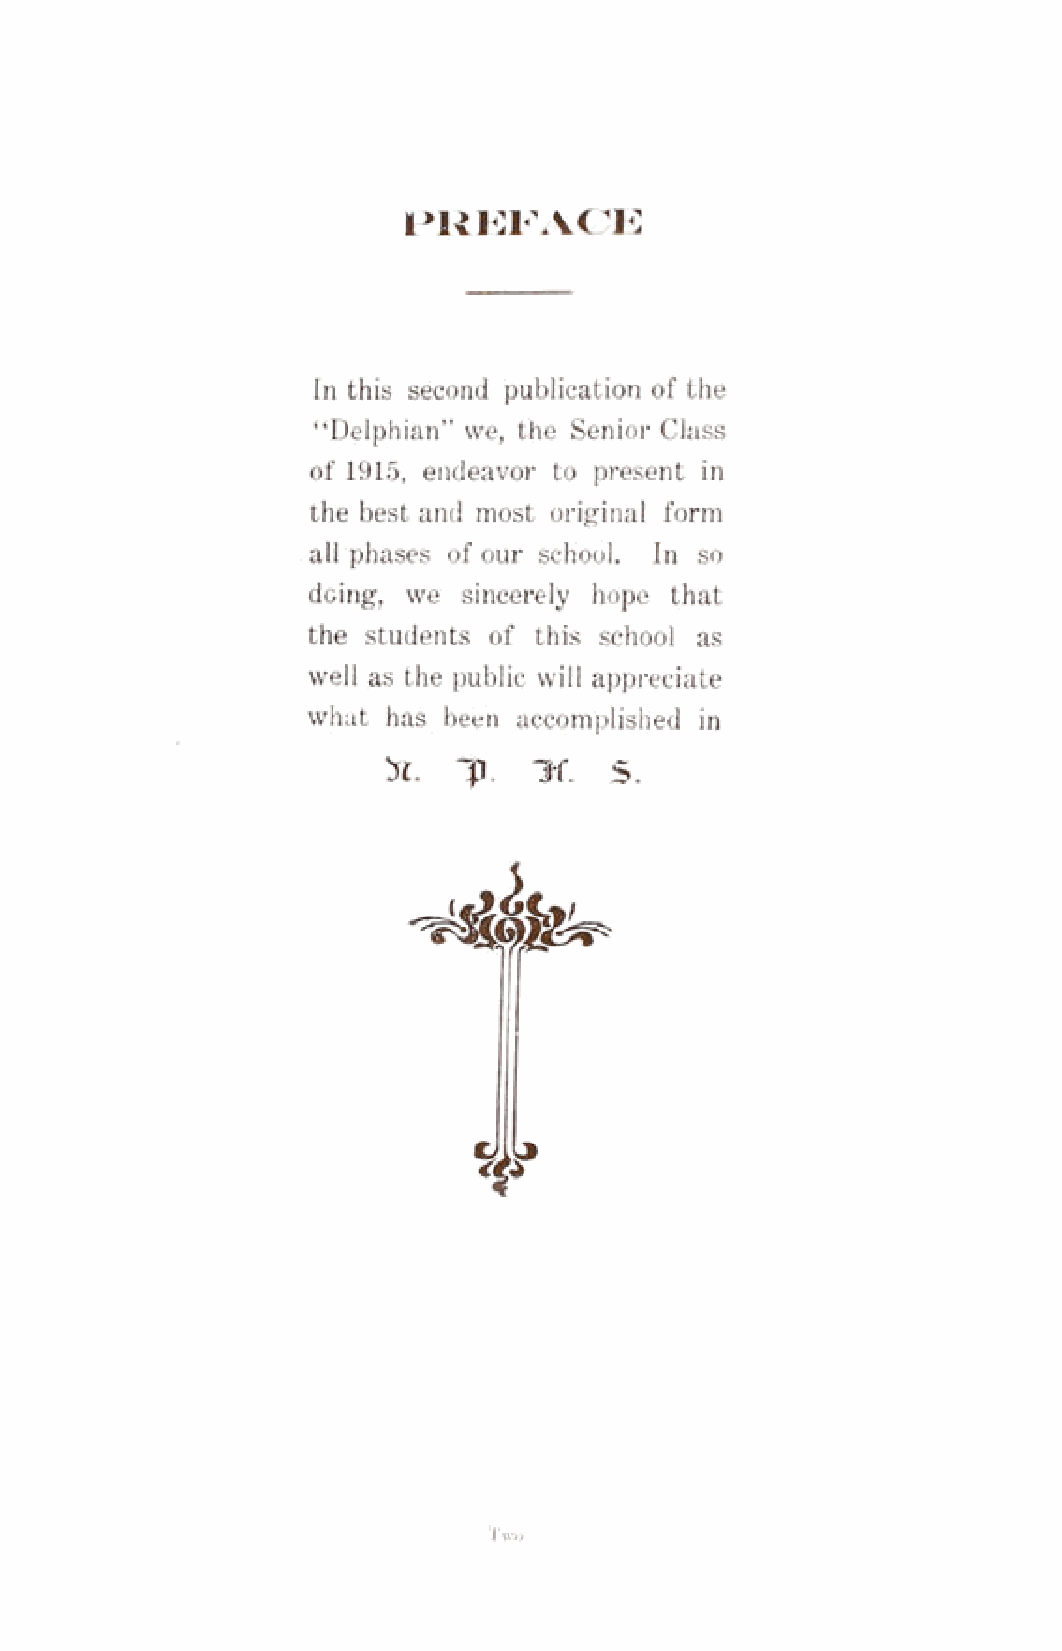
FREFAOE
 In this second publication of the
 “Delphian” we, the Senior Class
 of 1915, endeavor to present in
 the best and most original form
 all phases of our school. In so
 doing, we  sincerely hope that
 the students of this school as
 well as the public will appreciate
 what  has been accomplished in
 X    7  . I f . S .
 T wo